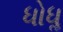
ધોધૢ